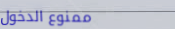
ممنوع الدخول